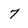
Character: 7